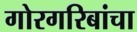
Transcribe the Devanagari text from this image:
गोरगरिबांचा